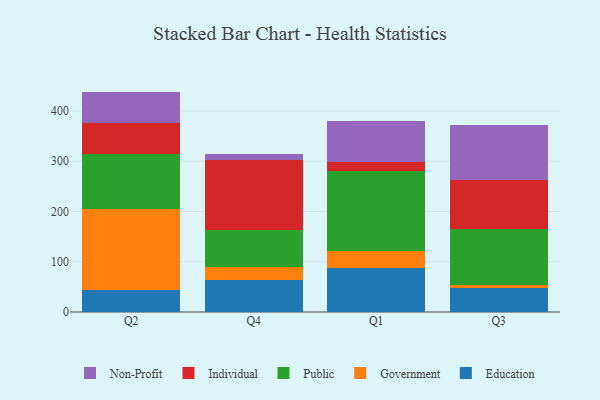
{"axis": {"x": "Quarter", "y": "Churn Rate (%)"}, "legend": ["Education", "Government", "Individual", "Non-Profit", "Public"], "data": [{"x": "Q2", "y": 43.7, "type": "Education"}, {"x": "Q2", "y": 161.0, "type": "Government"}, {"x": "Q2", "y": 110.5, "type": "Public"}, {"x": "Q2", "y": 60.8, "type": "Individual"}, {"x": "Q2", "y": 62.4, "type": "Non-Profit"}, {"x": "Q4", "y": 63.6, "type": "Education"}, {"x": "Q4", "y": 26.3, "type": "Government"}, {"x": "Q4", "y": 73.1, "type": "Public"}, {"x": "Q4", "y": 138.8, "type": "Individual"}, {"x": "Q4", "y": 11.8, "type": "Non-Profit"}, {"x": "Q1", "y": 87.1, "type": "Education"}, {"x": "Q1", "y": 35.0, "type": "Government"}, {"x": "Q1", "y": 157.8, "type": "Public"}, {"x": "Q1", "y": 18.5, "type": "Individual"}, {"x": "Q1", "y": 81.0, "type": "Non-Profit"}, {"x": "Q3", "y": 48.1, "type": "Education"}, {"x": "Q3", "y": 5.6, "type": "Government"}, {"x": "Q3", "y": 111.5, "type": "Public"}, {"x": "Q3", "y": 98.2, "type": "Individual"}, {"x": "Q3", "y": 109.3, "type": "Non-Profit"}]}